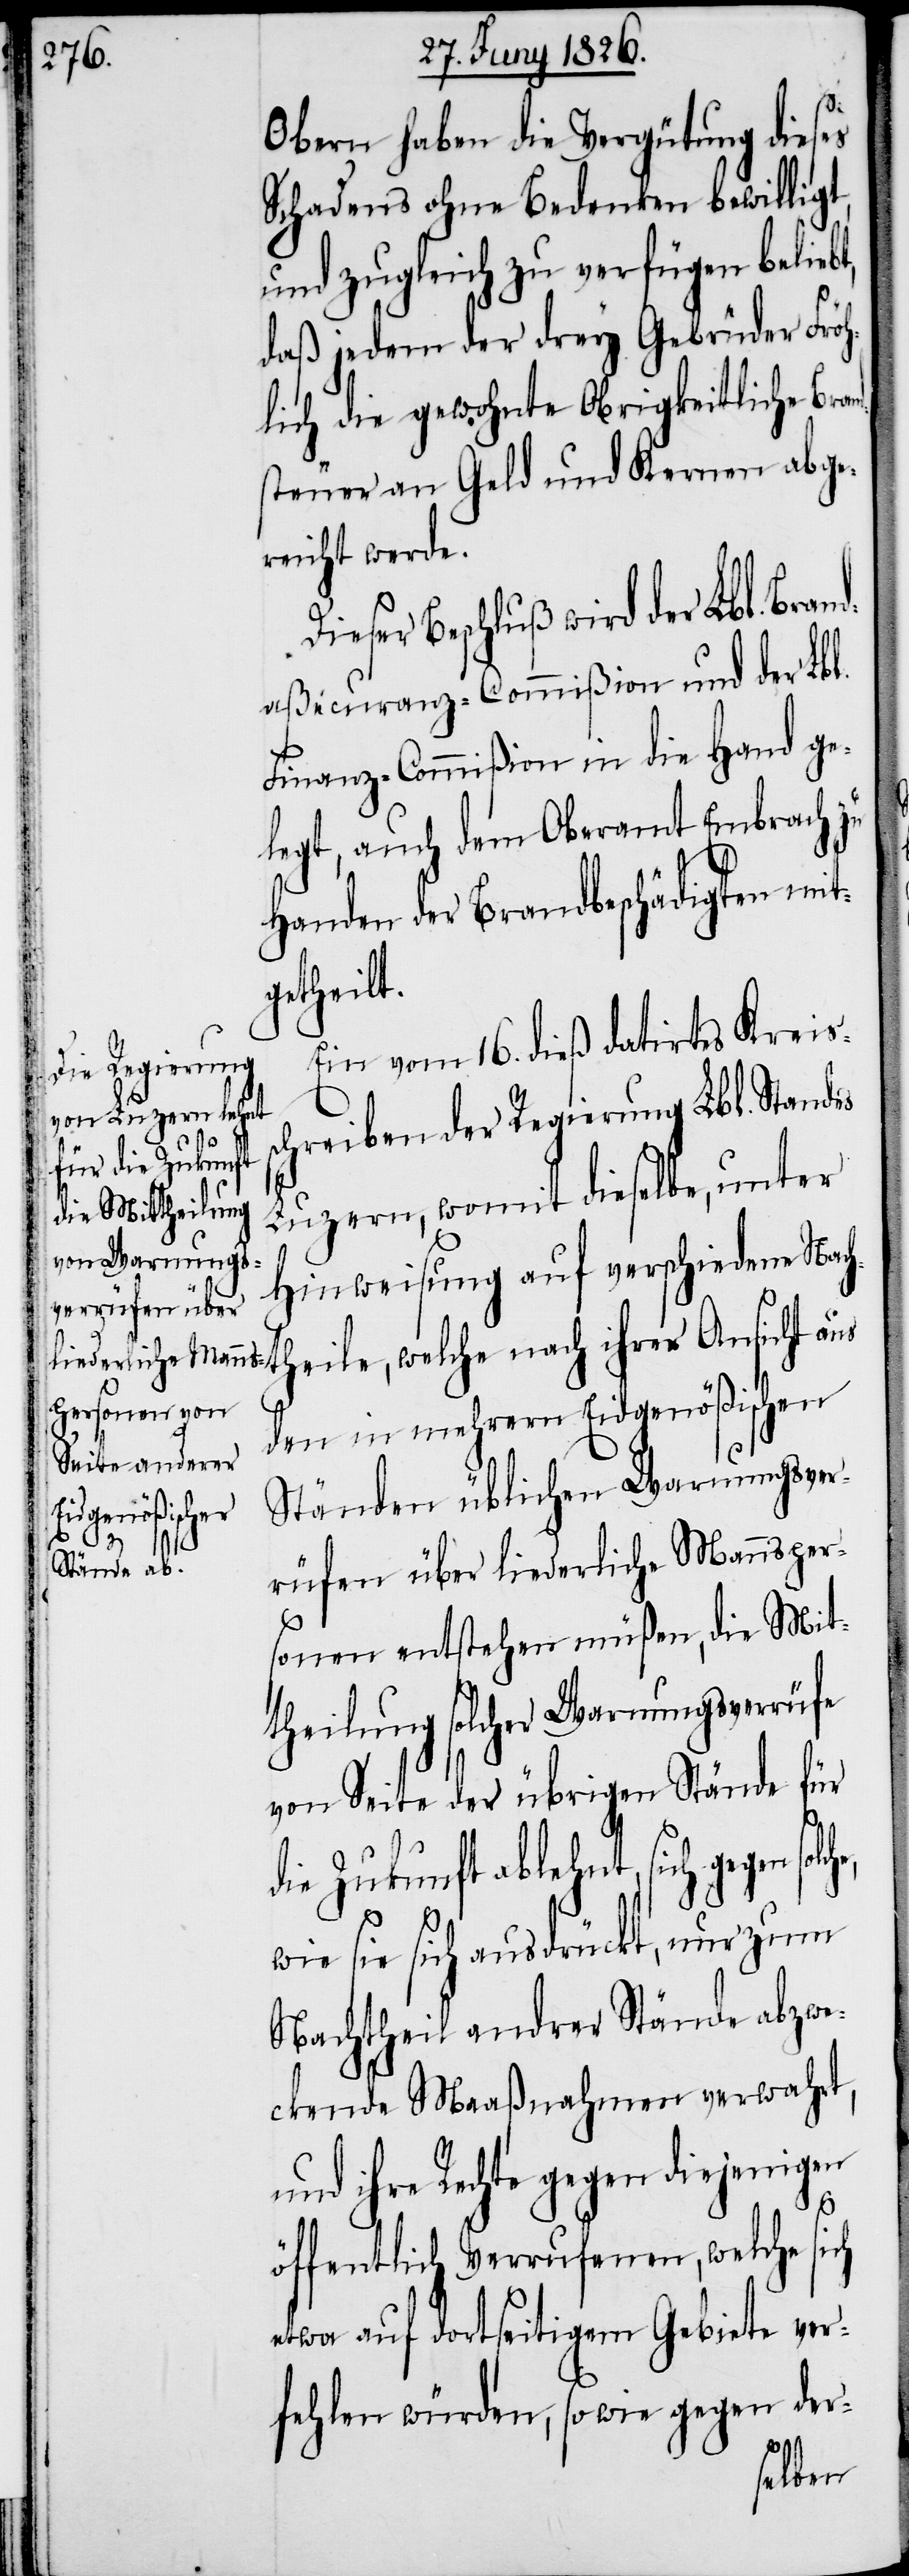
Obern haben die Vergütung dieses
Schadens ohne Bedenken bewilligt,
und zugleich zu verfügen beliebt,
daß jedem der drey Gebrüder Fröh¬
lich die gewohnte Obrigkeitliche Bran¬
dsteuer an Geld und Kernen abge¬
reicht werde.
Beschluß wird der Lbl. Bran¬
daßecuranz- Commißion und der Lbl.
Finanz-Commißion in die Hand ge¬
legt, auch dem Oberamt Embrach zu
Handen der Brandbeschädigten mit¬
getheilt.
Ein vom 16. dieß datirtes Kreis¬
schreiben der Regierung Lbl. Standes
Luzern, womit dieselbe, unter
Hinweisung auf verschiene Nach¬
theile, welche nach ihrer Ansicht aus
den in mehrern Eidgenößischen
Ständen üblichen Warnungsver¬
rüfen über liederliche Mannsper¬
sonen entstehen müßen, die Mit¬
theilung solcher Warnungsverrüfe
von Seite der übrigen Stände für
die Zukunft ablehnt, sich gegen
wie sie sich ausdrückt, nur zum
Nachtheil andrer Stände abzwe¬
ckende Maaßnahmen verwahrt,
und ihre Rechte gegen diejenigen
öffentlich Verrufenen, welche sich
etwa auf dortseitigem Gebiete ver¬
fehlen würden, so wie gegen der-